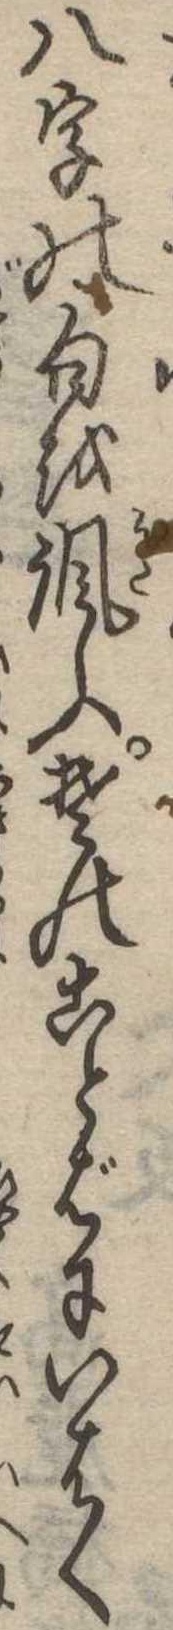
八字の句を諷ふそのことばにいはく